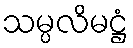
သမ္ပလိမဋ္ဌံ